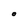
Character: O